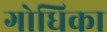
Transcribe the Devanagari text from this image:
गोधिका